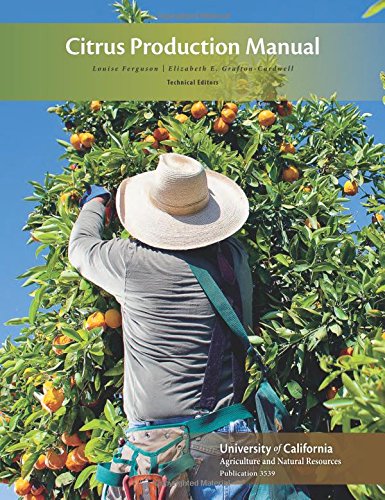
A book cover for Citrus Production Manual; Louise Ferguson; Science & Math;